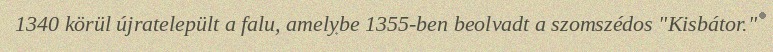
1340 körül újratelepült a falu, amelybe 1355-ben beolvadt a szomszédos "Kisbátor."